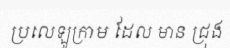
ប្រលេឡូក្រាម ដែល មាន ជ្រុង